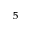
^ { 5 }